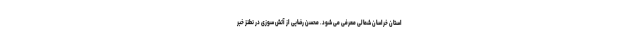
استان خراسان شمالی معرفی می شود. محسن رضایی از آتش سوزی در نطنز خبر